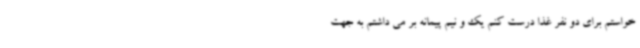
خواستم برای دو نفر غذا درست کنم یک و نیم پیمانه بر می داشتم به جهت